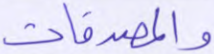
والمصدقات